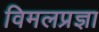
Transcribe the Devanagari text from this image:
विमलप्रज्ञा